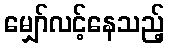
မျှော်လင့်နေသည့်